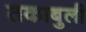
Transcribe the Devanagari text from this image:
तकाबुली